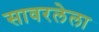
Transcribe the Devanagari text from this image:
सावरलेला